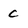
Character: c